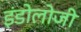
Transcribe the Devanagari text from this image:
इंडोलोजी